Madras plague regulations in force outside the Presidency town - Volume 6
Disease focus: Plague
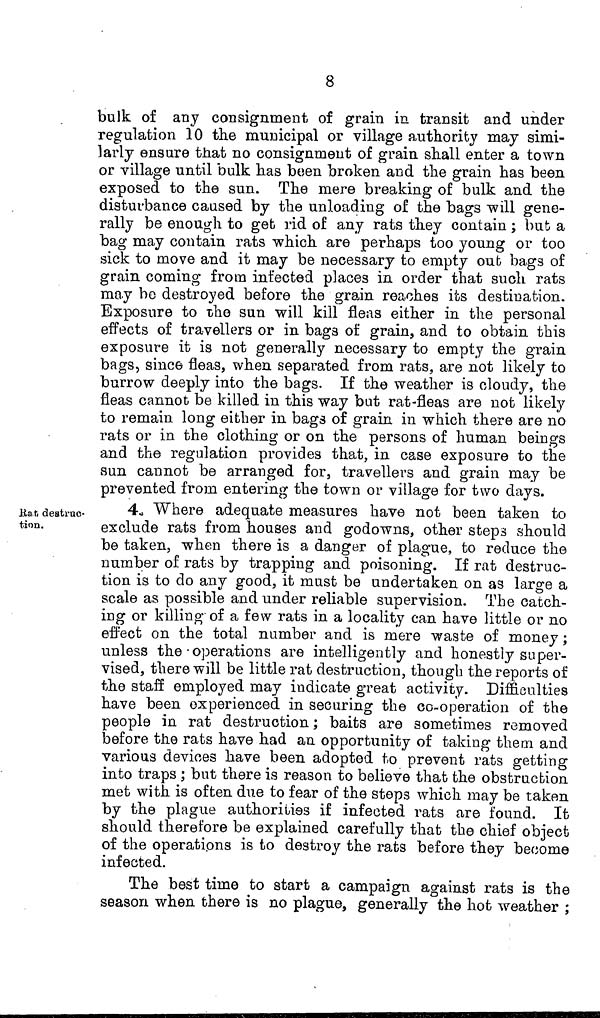
8
bulk of any consignment of grain in transit and under
regulation 10 the municipal or village authority may simi-
larly ensure that no consignment of grain shall enter a town
or village until bulk has been broken and the grain has been
exposed to the sun. The mere breaking of bulk and the
disturbance caused by the unloading of the bags will gene-
rally be enough to get rid of any rats they contain ; but a
bag may contain rats which are perhaps too young or too
sick to move and it may be necessary to empty out bags of
grain coming from infected places in order that such rats
may be destroyed before the grain reaches its destination.
Exposure to the sun will kill fleas either in the personal
effects of travellers or in bags of grain, and to obtain this
exposure it is not generally necessary to empty the grain
bags, since fleas, when separated from rats, are not likely to
burrow deeply into the bags. If the weather is cloudy, the
fleas cannot be killed in this way but rat-fleas are not likely
to remain long either in bags of grain in which there are no
rats or in the clothing or on the persons of human beings
and the regulation provides that, in case exposure to the
sun cannot be arranged for, travellers and grain may be
prevented from entering the town or village for two days.
Rat, destruc-
tion.
4. Where adequate measures have not been taken to
exclude rats from houses and godowns, other steps should
be taken, when there is a danger of plague, to reduce the
number of rats by trapping and poisoning. If rat destruc-
tion is to do any good, it must be undertaken on as large a
scale as possible and under reliable supervision. The catch-
ing or killing of a few rats in a locality can have little or no
effect on the total number and is mere waste of money ;
unless the operations are intelligently and honestly super-
vised, there will be little rat destruction, though the reports of
the staff employed may indicate great activity. Difficulties
have been experienced in securing the co-operation of the
people in rat destruction ; baits are sometimes removed
before the rats have had an opportunity of taking them and
various devices have been adopted to prevent rats getting
into traps ; but there is reason to believe that the obstruction
met with is often due to fear of the steps which may be taken
by the plague authorities if infected rats are found. It
should therefore be explained carefully that the chief object
of the operations is to destroy the rats before they become
infected.
The best time to start a campaign against rats is the
season when there is no plague, generally the hot weather ;